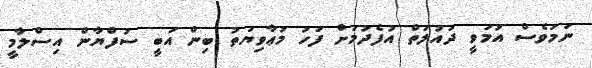
ނަމަވެސް އުމަވީ ދައުލަތް އުފެދުމަށް ފަހު މުޢާވިޔަތު ބިން އަބީ ސުފްޔާން އިސްލާމީ